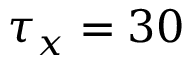
\tau _ { x } = 3 0